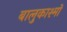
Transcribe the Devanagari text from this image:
बालुकाश्मों